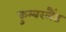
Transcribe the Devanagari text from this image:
कुम्बरलैंड